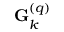
\mathbf { G } _ { k } ^ { \left( q \right) }